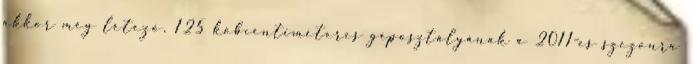
akkor még létező, 125 köbcentiméteres géposztályának a 2011-es szezonra